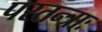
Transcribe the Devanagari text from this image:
परतन्त्राः